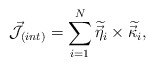
\begin{align*}{\cal \vec{J}}_{(int)}=\sum_{i=1}^{N}\widetilde{\vec{\eta}_{i}}\times\widetilde{\vec{\kappa}_{i}}, \end{align*}